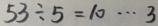
5 3 \div 5 = 1 0 \cdots 3